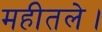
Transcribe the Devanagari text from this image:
महीतले।